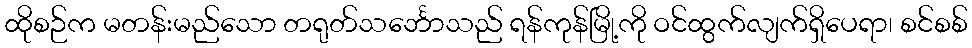
ထိုစဉ်က မတန်းမည်သော တရုတ်သင်္ဘောသည် ရန်ကုန်မြို့ကို ဝင်ထွက်လျက်ရှိပေရာ၊ စင်စစ်